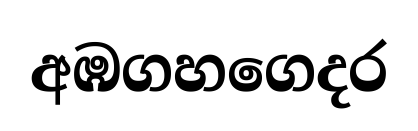
අඹගහගෙදර